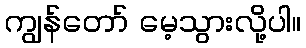
ကျွန်တော် မေ့သွားလို့ပါ။